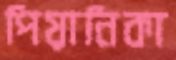
পিয়ানিকা